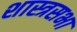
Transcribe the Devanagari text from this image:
शास्त्रसभा